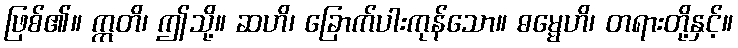
ဖြစ်၏။ ဣတိ၊ ဤသို့။ ဆဟိ၊ ခြောက်ပါးကုန်သော။ ဓမ္မေဟိ၊ တရားတို့နှင့်။